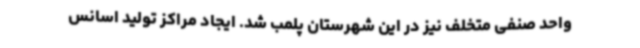
واحد صنفی متخلف نیز در این شهرستان پلمب شد. ایجاد مراکز تولید اسانس